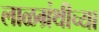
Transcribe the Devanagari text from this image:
लाळग्रंथीच्या